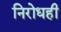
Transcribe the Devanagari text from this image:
निरोधही